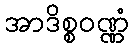
အာဒိစ္စဝဏ္ဏံ